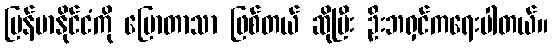
မြန်မာနိုင်ငံကို ပြောတာသာ ဖြစ်တယ် ဆိုပြီး ဦးဘရှင်ကရေးပါတယ်။